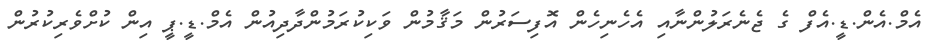
އެމް.އެން.ޑީ.އެފް ގެ ޖެނެރަލުންނާއި އެހެނިހެން އޮފިސަރުން މަޤާމުން ވަކިކުރަމުންދާދިއުން އެމް.ޑީ.ޕީ އިން ކުށްވެރިކުރުން